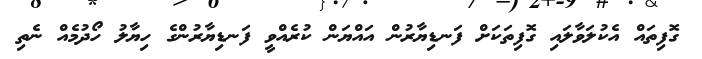
ގޮފިތައް އެކުލަވާލައި ގޮފިތަކަށް ފަނޑިޔާރުން އައްޔަން ކުރެއްވީ ފަނޑިޔާރުންގެ ހިޔާލު ހޯދުމެއް ނެތި